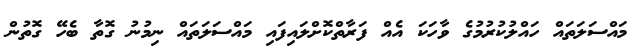
މައްސަލަތައް ހައްލުކުރުމުގެ ވާހަކަ އެއް ފަރާތްކޮށްލައިފައި މައްސަލަތައް ނިމުނު ގޮތާ ބެހޭ ގޮތުން